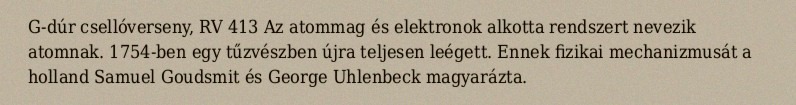
G-dúr csellóverseny, RV 413 Az atommag és elektronok alkotta rendszert nevezik atomnak. 1754-ben egy tűzvészben újra teljesen leégett. Ennek fizikai mechanizmusát a holland Samuel Goudsmit és George Uhlenbeck magyarázta.